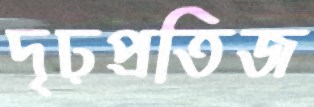
দৃঢ়প্রতিজ